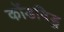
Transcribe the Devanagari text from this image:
कोंडविडु